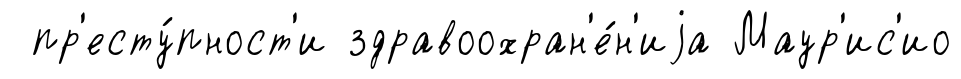
пр'есту́пност'и здравоохран'е́н'иjа Маур'ис'ио